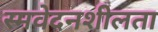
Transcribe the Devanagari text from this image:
स्मवेदनशीलता